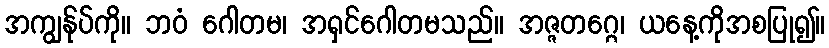
အကျွန်ုပ်ကို။ ဘဝံ ဂေါတမ၊ အရှင်ဂေါတမသည်။ အဇ္ဇတဂ္ဂေ၊ ယနေ့ကိုအစပြု၍။